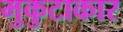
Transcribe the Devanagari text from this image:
मुकुटाकार